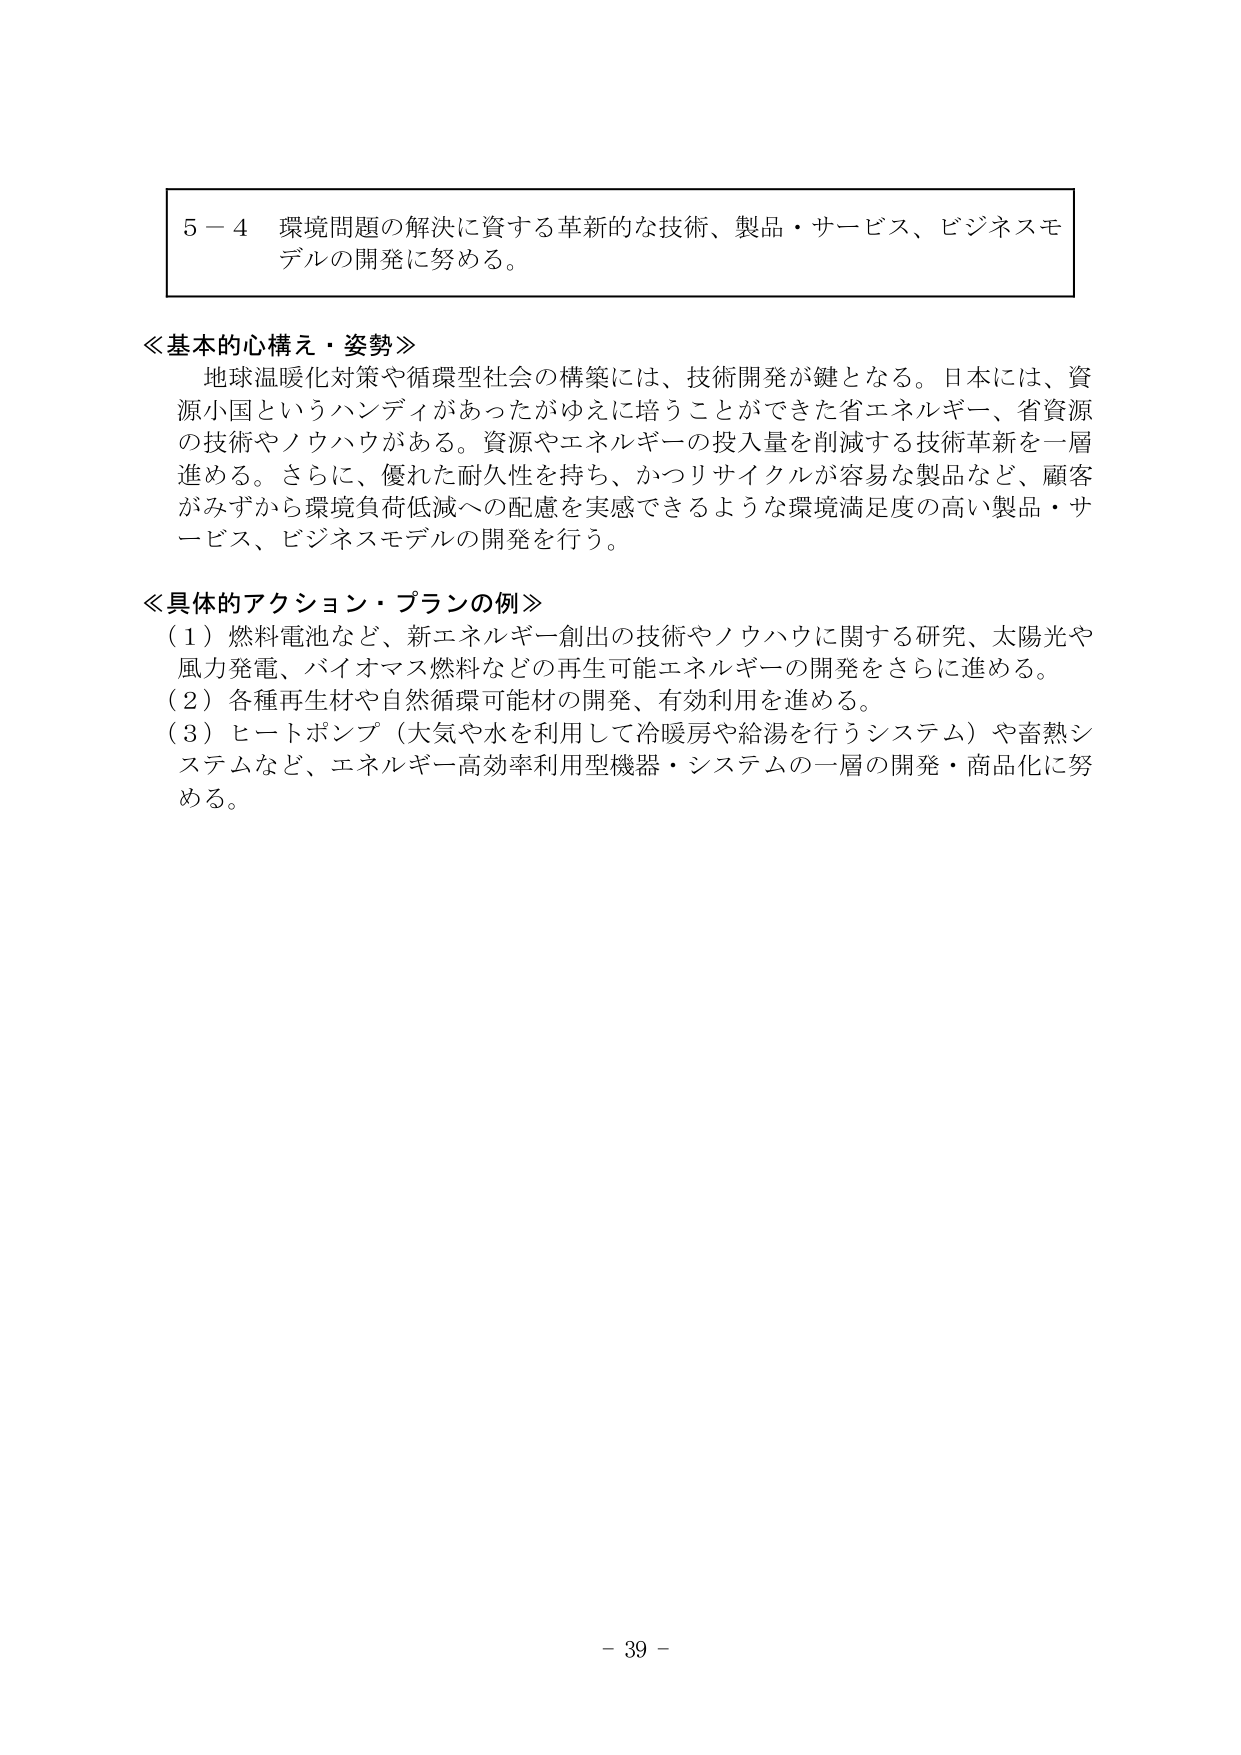
５－４ 環境問題の解決に資する革新的な技術、製品・サービス、ビジネスモデルの開発に努める。

≪基本的心構え・姿勢≫
地球温暖化対策や循環型社会の構築には、技術開発が鍵となる。日本には、資源小国というハンディがあったがゆえに培うことができた省エネルギー、省資源の技術やノウハウがある。資源やエネルギーの投入量を削減する技術革新を一層進める。さらに、優れた耐久性を持ち、かつリサイクルが容易な製品など、顧客がみずから環境負荷低減への配慮を実感できるような環境満足度の高い製品・サービス、ビジネスモデルの開発を行う。

≪具体的アクション・プランの例≫
（１）燃料電池など、新エネルギー創出の技術やノウハウに関する研究、太陽光や風力発電、バイオマス燃料などの再生可能エネルギーの開発をさらに進める。
（２）各種再生材や自然循環可能材の開発、有効利用を進める。
（３）ヒートポンプ（大気や水を利用して冷暖房や給湯を行うシステム）や蓄熱システムなど、エネルギー高効率利用型機器・システムの一層の開発・商品化に努める。

－ 39 －